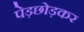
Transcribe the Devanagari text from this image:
पेड़छोड़कर